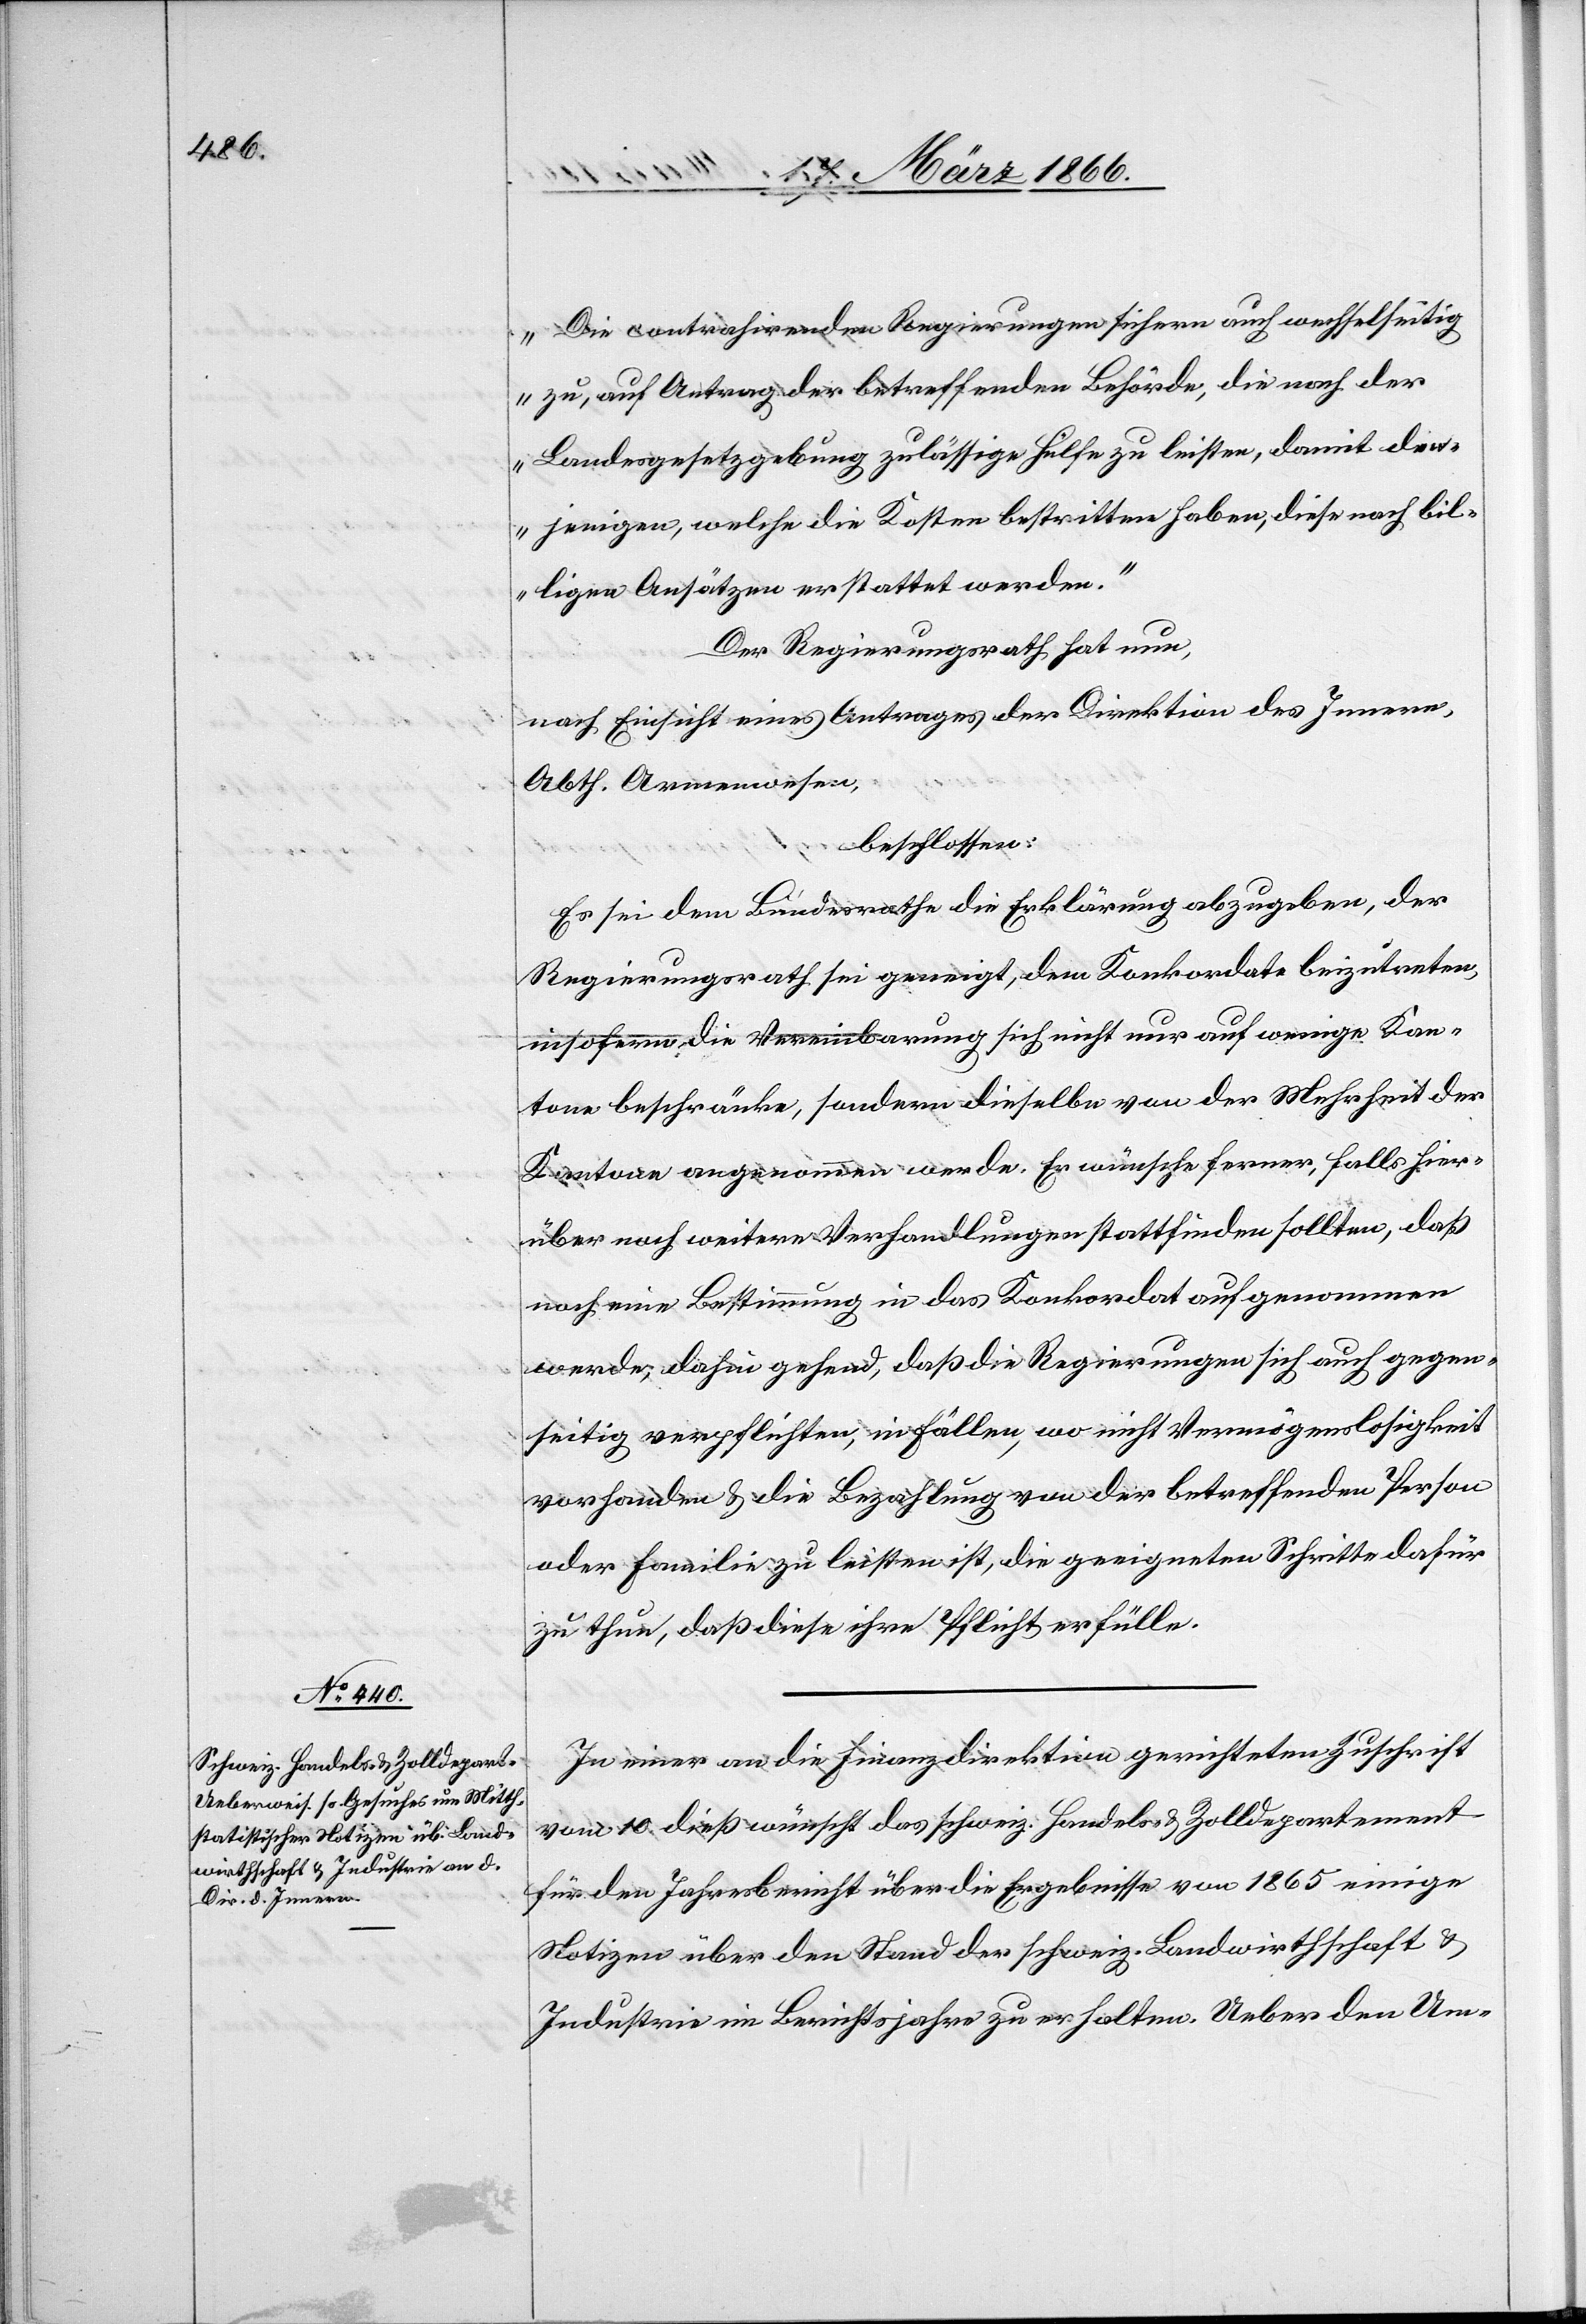
Die contrahirenden Regierungen sichern auch wechselseitig
zu, auf Antrag der betreffenden Behörde, die nach der
Landesgesetzgebung zulässige Hülfe zu leisten, damit den¬
jenigen, welche die Kosten bestritten haben, diese nach bil¬
ligen Ansätzen erstattet werde.“
Der Regierungsrath hat nun,
nach Einsicht eines Antrages der Direktion des Innern,
Abth. Armenwesen,
beschlossen:
Es sei dem Bundesrathe die Erklärung abzugeben, der
Regierungsrath sei geneigt, dem Konkordate beizutreten,
insofern die Vereinbarung sich nicht nur auf wenige Kan¬
tone beschränke, sondern dieselbe von der Mehrheit der
Kantone angenommen werde. Er wünsche ferner, falls hier¬
über noch weitere Verhandlungen stattfinden sollten, daß
noch eine Bestimmung in das Konkordat aufgenommen
werde, dahin gehend, daß die Regierungen sich auch gegen¬
seitig verpflichten, in Fällen, wo nicht Vermögenslosigkeit
vorhanden u. die Bezahlung von der betreffend Person
oder Familie zu leisten ist, die geeigneten Schritte dafür
zu thun, daß diese ihre Pflicht erfülle.
In einer an die Finanzdirektion gerichteten Zuschrift
vom 10. dieß wünscht das schweiz. Handels- u. Zolldepartement
für den Jahresbericht über die Ergebnisse von 1865 einige
Notizen über den Stand der schweiz. Landwirthschaft u.
Industrie im Berichtsjahr zu erhalten. Ueber den Um-